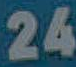
24